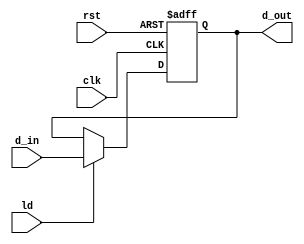
module register #(parameter WIDTH = 8)(clk, rst, ld, d_in, d_out);
    input [WIDTH-1:0] d_in;
    input rst, ld, clk;
    output reg [WIDTH-1:0] d_out;
    
    always @(posedge clk, posedge rst)
    begin
        if (rst == 1'b1)
            d_out = {WIDTH{1'b0}};
        else if (ld)
            d_out = d_in;
    end
        
endmodule